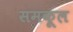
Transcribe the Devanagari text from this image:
समकूल